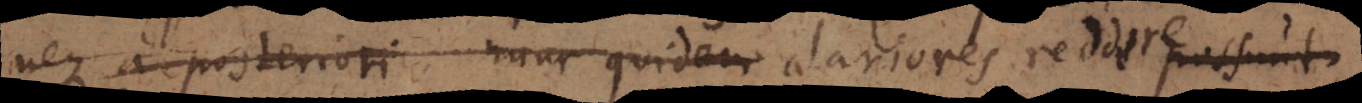
neque a posteriori nunc quidem